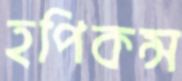
হপিকন্স